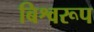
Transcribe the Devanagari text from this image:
बिश्वरूप